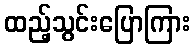
ထည့်သွင်းပြောကြား